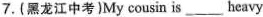
7.(黑龙江中考)My cousin is___heavy